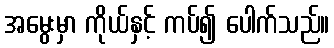
အမွေးမှာ ကိုယ်နှင့် ကပ်၍ ပေါက်သည်။